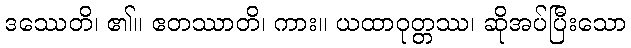
ဒဿေတိ၊ ၏။ ဧတဿာတိ၊ ကား။ ယထာဝုတ္တဿ၊ ဆိုအပ်ပြီးသော